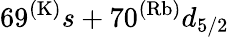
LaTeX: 69^{(\mathrm{K)}}s+70^{(\mathrm{Rb)}}d_{5/2}